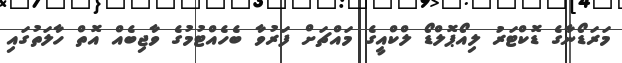
މަރަޑޯނާގެ ޑޮކްޓަރު ލިއޯޕޮލްޑޯ ލްކްއީގެ މައްޗަށް ފަރުވާ ބެހެއްޓުމުގެ ވާޖިބެއް އޮތް ހާލަތުގައި